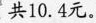
共10.4元。